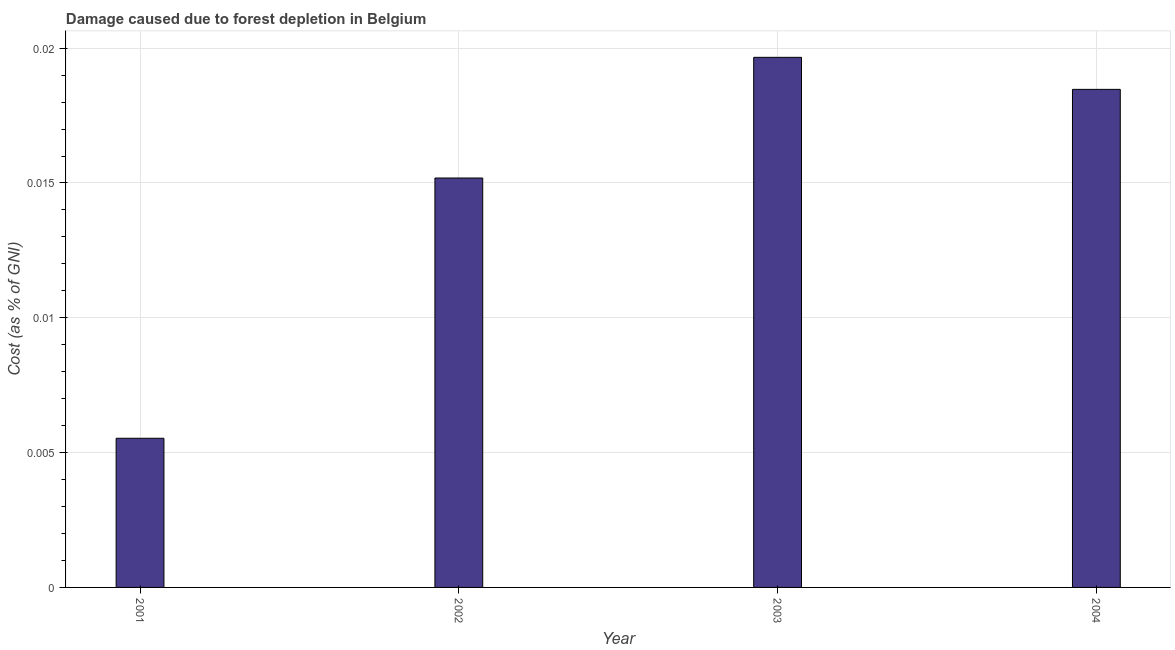
| Year | net forest depletion |
 | --- | --- |
 | 2001 | 0.00553 |
 | 2002 | 0.0152 |
 | 2003 | 0.0197 |
 | 2004 | 0.0185 |